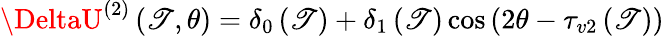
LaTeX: \DeltaU^{(2)}\left(\mathscr{T},\theta\right)=\delta_{0}\left(\mathscr{T}\right)+\delta_{1}\left(\mathscr{T}\right)\cos\left(2\theta-\tau_{v2}\left(\mathscr{T}\right)\right)